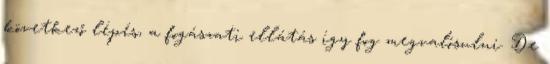
következő lépés, a fogászati ellátás így fog megvalósulni. De